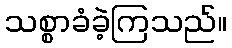
သစ္စာခံခဲ့ကြသည်။